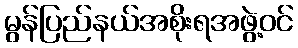
မွန်ပြည်နယ်အစိုးရအဖွဲ့ဝင်